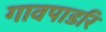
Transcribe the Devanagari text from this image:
गावपाडरि